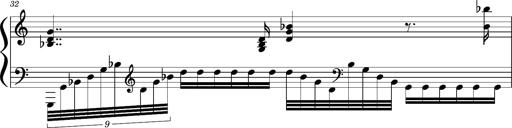
Title: Concerto sans orchestre, S.524a
Composer: Franz Liszt
Key: A major